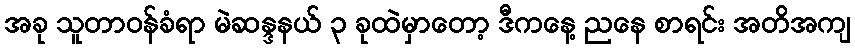
အခု သူတာဝန်ခံရာ မဲဆန္ဒနယ် ၃ ခုထဲမှာတော့ ဒီကနေ့ ညနေ စာရင်း အတိအကျ